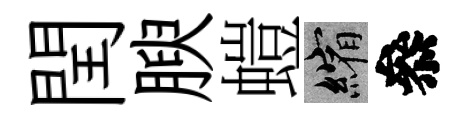
閏腴螘縮叅